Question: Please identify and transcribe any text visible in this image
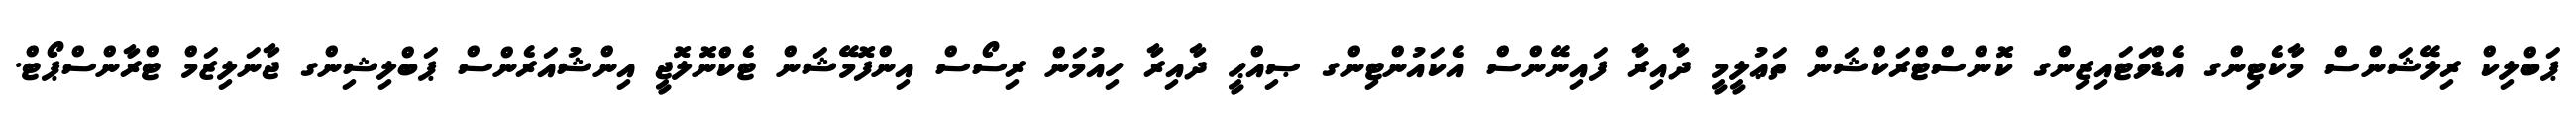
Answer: ޕަބްލިކް ރިލޭޝަންސް މާކެޓިންގ އެޑްވަޓައިޒިންގ ކޮންސްޓްރަކްޝަން ތަޢުލީމީ ދާއިރާ ފައިނޭންސް އެކައުންޓިންގ ޞިއްޙީ ދާއިރާ ހިއުމަން ރިސޯސް އިންފޮމޭޝަން ޓެކްނޮލޮޖީ އިންޝުއަރެންސް ޕަބްލިޝިންގ ޖާނަލިޒަމް ޓްރާންސްޕޯޓް.